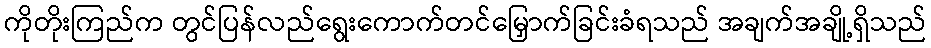
ကိုတိုးကြည်က တွင်ပြန်လည်ရွေးကောက်တင်မြှောက်ခြင်းခံရသည် အချက်အချို့ရှိသည်